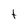
Character: t